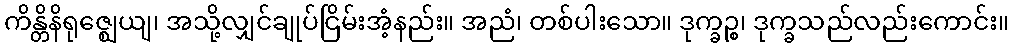
ကိန္တိနိရုဇ္ဈေယျ၊ အသို့လျှင်ချုပ်ငြိမ်းအံ့နည်း။ အညံ၊ တစ်ပါးသော။ ဒုက္ခဉ္စ၊ ဒုက္ခသည်လည်းကောင်း။